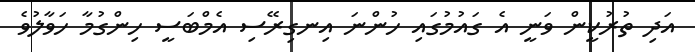
އަދި ތުރުކީން ވަނީ އެ ގައުމުގައި ހުންނަ އިނގިރޭސި އެމްބަސީ ހިންގުމާ ހަވާލުވެ